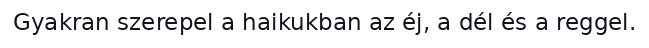
Gyakran szerepel a haikukban az éj, a dél és a reggel.